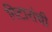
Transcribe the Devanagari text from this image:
गिटारांची